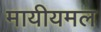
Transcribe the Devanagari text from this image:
मायीयमल